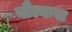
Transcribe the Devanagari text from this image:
वौल्कस